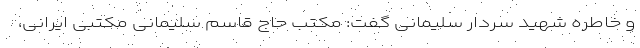
و خاطره شهید سردار سلیمانی گفت: مکتب حاج قاسم سلیمانی مکتبی ایرانی،